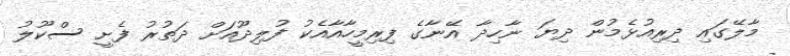
މާލޭގައި ދިރިއުޅެމުން ދިޔަ ނާހިދާ އޭނާގެ ފިރިމީހާއާއެކު ފުލިދޫއަށް ދަތުރު ފެށީ ސްކޫލު